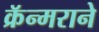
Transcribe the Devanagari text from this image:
क्रॅन्मराने